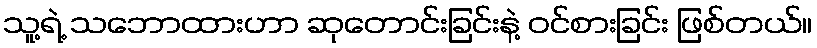
သူ့ရဲ့ သဘောထားဟာ ဆုတောင်းခြင်းနဲ့ ဝင်စားခြင်း ဖြစ်တယ်။